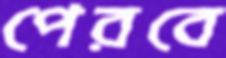
পেরবে